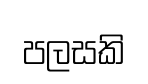
පලසකි